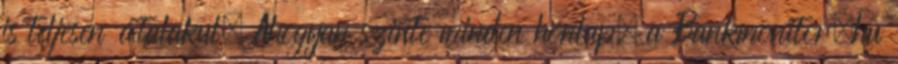
is teljesen átalakul. Ahogyan szinte minden honlap, a Bankmonitor.hu